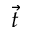
\protect \overrightarrow { t }